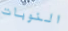
النوبات